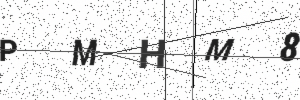
Text: PMHM8